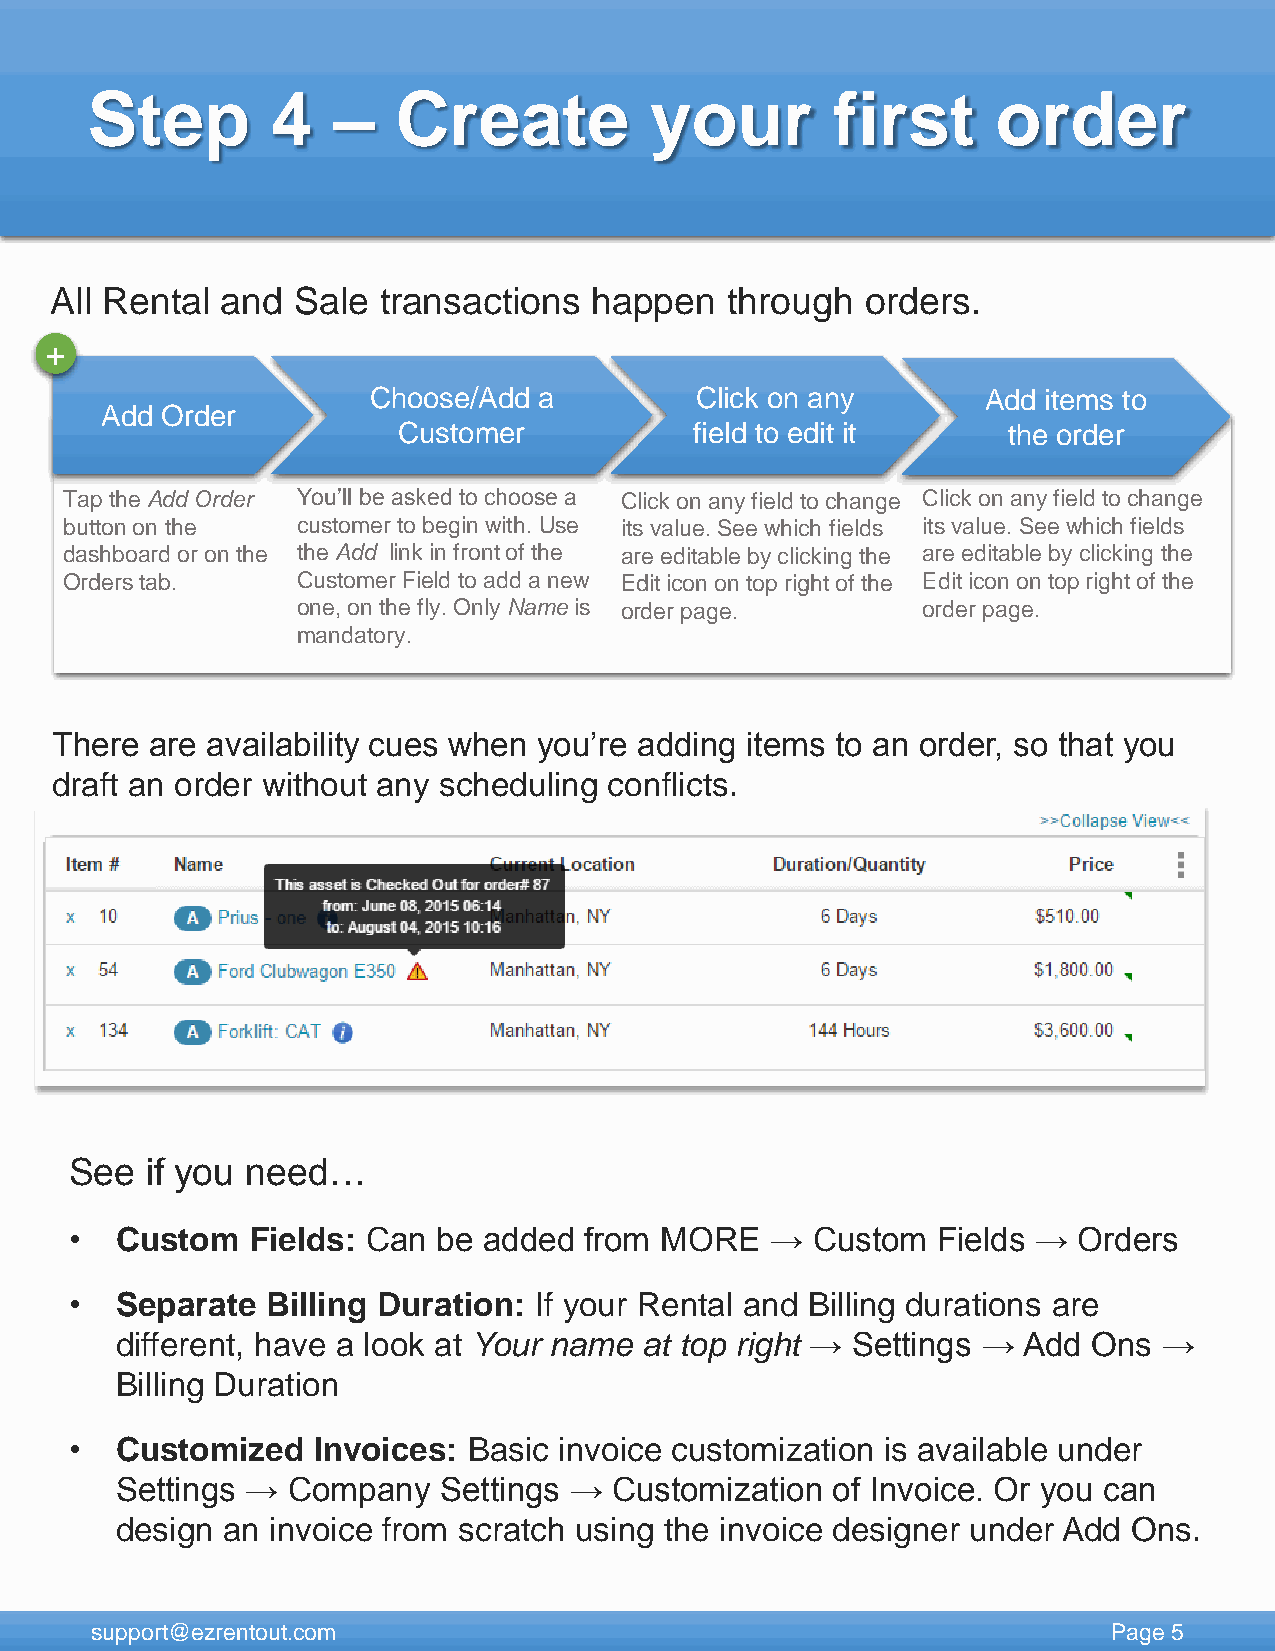
Step        4   –   Create           your        first      order
 All Rental  and Sale  transactions  happen   through  orders.
 +
 Choose/Add  a         Click on any       Add items to
 Add Order
 Customer            field to edit it     the order
 Tap the Add Order You’ll be asked to choose a Click on any field to change Click on any field to change
 button on the   customer to begin with. Use its value. See which fields its value. See which fields
 dashboard or on the the Add link in front of the are editable by clicking the are editable by clicking the
 Orders tab.     Customer Field to add a new Edit icon on top right of the Edit icon on top right of the
 one, on the fly. Only Name is order page. order page.
 mandatory.
 There  are availability cues when you’re adding items to an order, so that you
 draft an order without any scheduling conflicts.
 See  if you need…
 •  Custom  Fields: Can  be added  from MORE   →  Custom  Fields → Orders
 •  Separate  Billing Duration: If your Rental and Billing durations are
 different, have a look at Your name at top right → Settings → Add Ons →
 Billing Duration
 •  Customized   Invoices: Basic invoice customization is available under
 Settings → Company   Settings →  Customization of Invoice. Or you can
 design an invoice from scratch using the invoice designer under Add Ons.
 support@ezrentout.com                                               Page 5